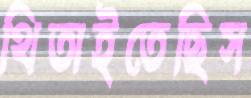
থিতাইতেছিস